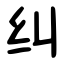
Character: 纠